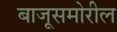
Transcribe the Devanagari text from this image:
बाजूसमोरील